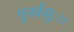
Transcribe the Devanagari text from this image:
पुनर्वसुः।।